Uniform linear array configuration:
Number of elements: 4
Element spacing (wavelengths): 1
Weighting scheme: kaiser
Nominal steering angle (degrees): -15
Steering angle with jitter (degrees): -15.707
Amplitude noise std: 0.05
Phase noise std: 0.05

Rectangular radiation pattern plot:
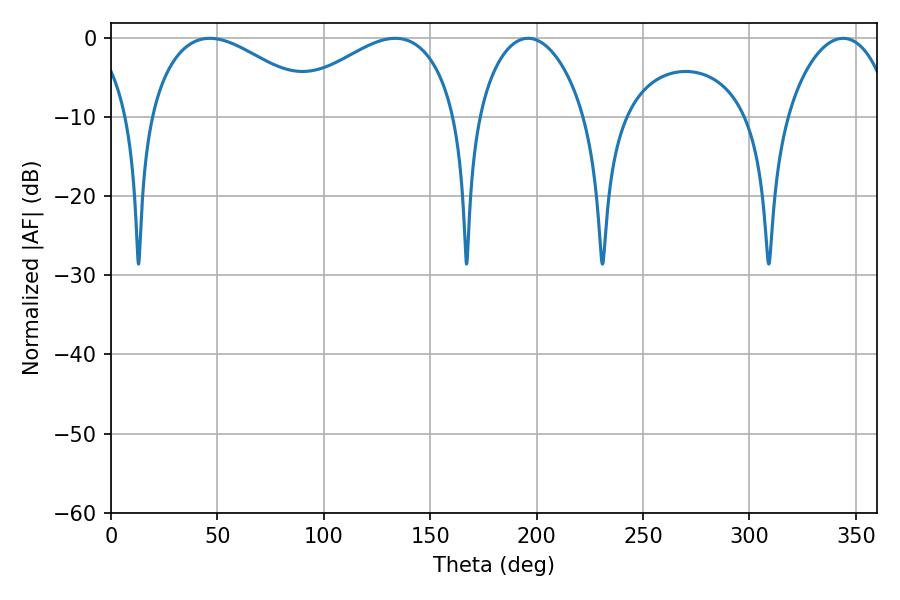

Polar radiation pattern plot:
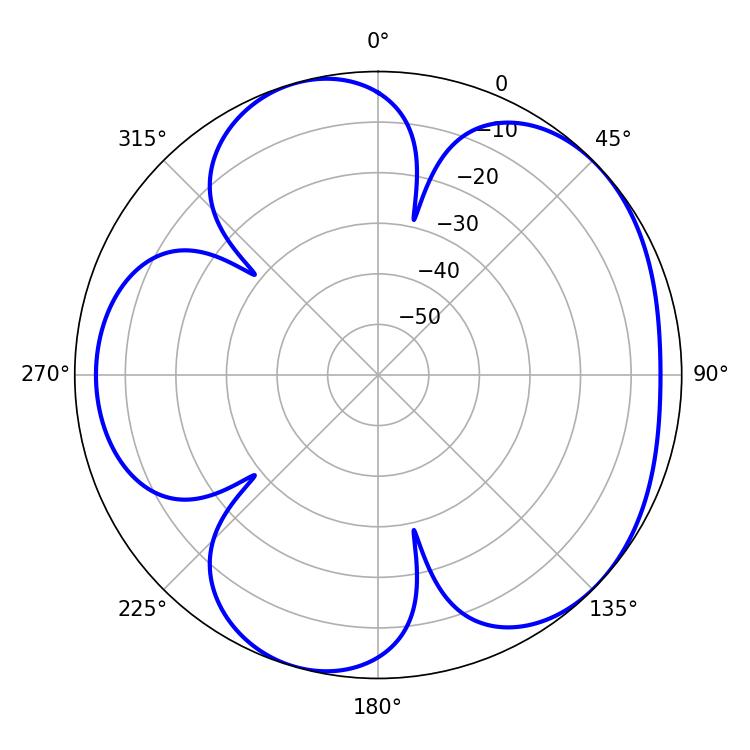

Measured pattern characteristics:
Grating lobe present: TRUE
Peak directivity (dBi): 4.872
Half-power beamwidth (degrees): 44.82
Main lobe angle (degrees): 46.44